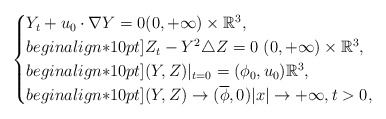
\begin{align*}\begin{cases} Y_t+u_0 \cdot \nabla Y=0 (0,+\infty)\times \mathbb{R}^3,\\begin{align*}10pt]Z_t- Y^2\triangle Z=0 \ (0,+\infty)\times \mathbb{R}^3 ,\\begin{align*}10pt](Y,Z)|_{t=0}=(\phi_0,u_0) \mathbb{R}^3,\\begin{align*}10pt](Y,Z)\rightarrow (\overline{\phi},0) |x|\rightarrow +\infty,t> 0,\end{cases}\end{align*}